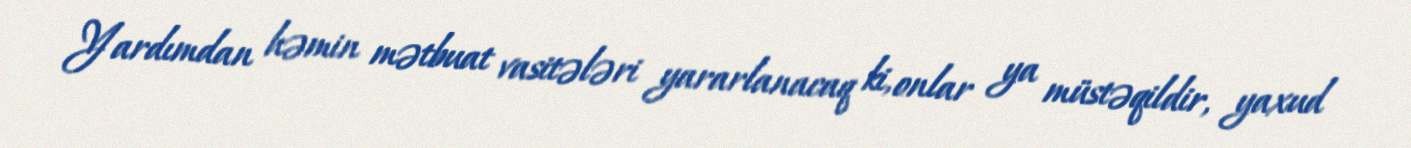
Yardımdan həmin mətbuat vasitələri yararlanacaq ki, onlar ya müstəqildir, yaxud